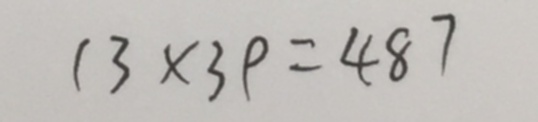
1 3 \times 3 9 = 4 8 7